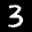
Label: 3